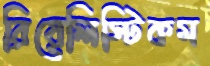
রিয়েলিস্টিকম